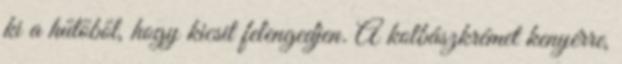
ki a hűtőből, hogy kicsit felengedjen. A kolbászkrémet kenyérre,